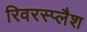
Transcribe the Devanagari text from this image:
रिवरस्प्लैश